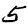
Digit: 5